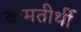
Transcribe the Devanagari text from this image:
वामतीर्थी